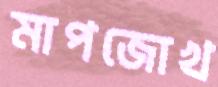
মাপজোখ